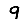
Digit: 9